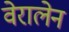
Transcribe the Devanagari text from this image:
वेरालेन